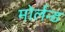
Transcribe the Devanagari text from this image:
मोर्लन्ड